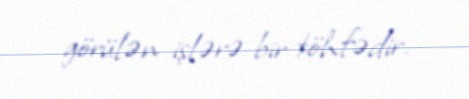
görülən işlərə bir töhfədir.